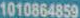
1010864859